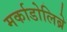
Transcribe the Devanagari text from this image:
मर्काडोलिब्रे